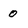
Character: 0